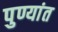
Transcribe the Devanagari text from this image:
पुण्यांत